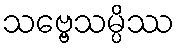
သဗ္ဗေသမ္ပိဿ